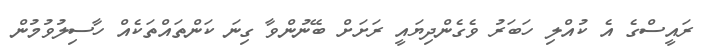
ރައީސްގެ އެ ކުއްލި ހަބަރު ވެގެންދިޔައީ ރަށަށް ބޭނުންވާ ގިނަ ކަންތައްތަކެއް ހާސިލުވުމުން